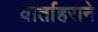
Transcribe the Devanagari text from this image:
वार्ताहराने